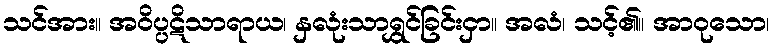
သင်အား။ အဝိပ္ပဋိသာရာယ၊ နှလုံးသာရွှင်ခြင်းငှာ။ အလံ၊ သင့်၏။ အာဝုသော၊